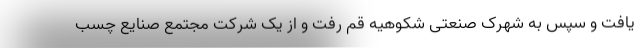
یافت و سپس به شهرک صنعتی شکوهیه قم رفت و از یک شرکت مجتمع صنایع چسب